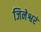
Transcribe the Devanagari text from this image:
जिनेश्वरं